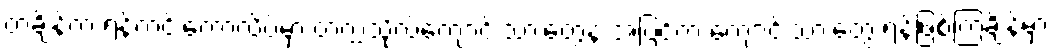
တချိန်က ရန်ကင်းကောလိပ်မှာ တက္ကသိုလ်ကျောင်းသားတွေနဲ့ အပြင်က ကျောင်းသားတွေ ရန်ဖြစ်ကြချိန်မှာ